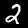
Label: 2